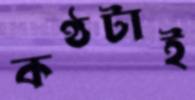
কণ্ঠটাই